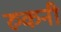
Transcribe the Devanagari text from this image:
रुकनी